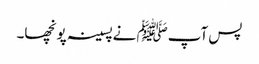
پس آپﷺ نےپسینہ پونچھا۔